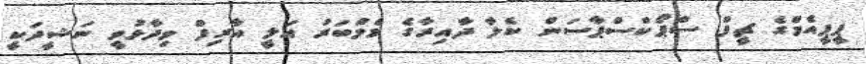
ޕީޕީއެމްގެ ޗީފް ސްޕޯކްސްޕާސަން ކެލާ ދާއިރާގެ މެމްބަރު އަލީ އާރިފް ވިދާޅުވީ ނަޝީދަކީ